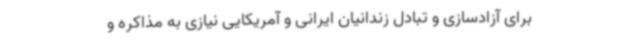
برای آزادسازی و تبادل زندانیان ایرانی و آمریکایی نیازی به مذاکره و